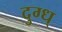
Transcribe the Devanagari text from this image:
दुग्ध्